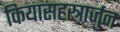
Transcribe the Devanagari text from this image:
कियासहस्त्रार्जुन